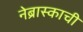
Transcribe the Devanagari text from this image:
नेब्रास्काची